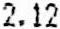
2.12